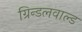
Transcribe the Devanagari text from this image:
ग्रिन्डलवाल्ड